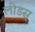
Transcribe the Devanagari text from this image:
लीडस्